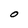
Character: O